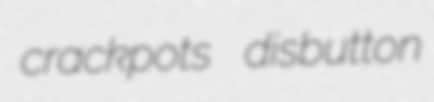
crackpots disbutton